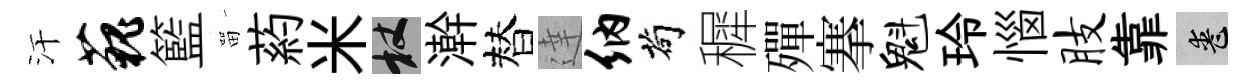
汗藐籃㽞葯米杖澣替達纳茍穉殫搴魁玲惱肢靠喪